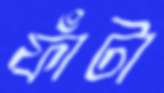
ফাঁটা